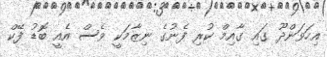
އިހަވަންދޫ ގައި ގާއިމް ކުރި ފެނުގެ ނިޒާމަކީ ވެސް އެއީ ބޮޑު ފޭކް